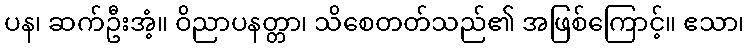
ပန၊ ဆက်ဦးအံ့။ ဝိညာပနတ္တာ၊ သိစေတတ်သည်၏ အဖြစ်ကြောင့်။ ဧသာ၊